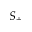
S _ { + }